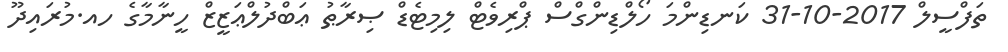
ތަފްސީލް 2017-10-31 ކަނޑިންމަ ހޯލްޑިންގްސް ޕްރިވެޓް ލިމިޓެޑް ޞިރާޠު ޢަބްދުލްޢަޒީޒް ހީނާމާގެ ހއ.މުރައިދޫ